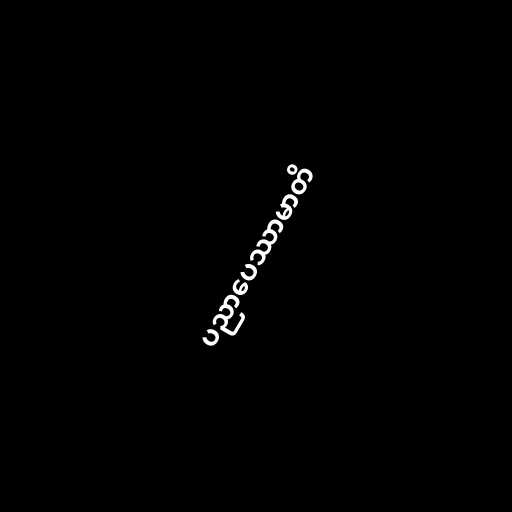
ပညာပေဿာမာတိ